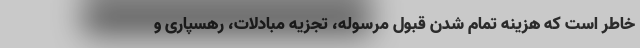
خاطر است که هزینه تمام شدن قبول مرسوله، تجزیه مبادلات، رهسپاری و